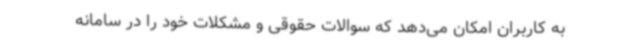
به کاربران امکان می‌دهد که سوالات حقوقی و مشکلات خود را در سامانه